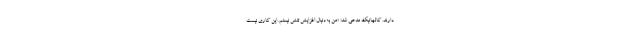
دارند. کالهانیک مدعی شد: «من به‌دنبال افزایش تنش نیستم. این کاری نیست